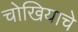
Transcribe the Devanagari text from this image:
चोखियाचे